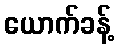
ယောက်ခန့်